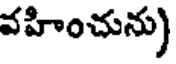
వహించును)